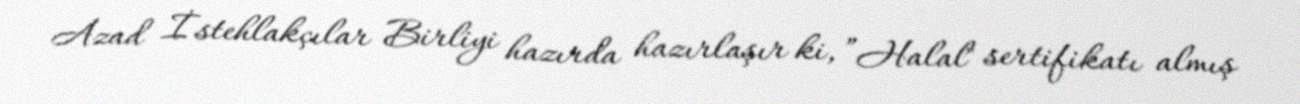
Azad İstehlakçılar Birliyi hazırda hazırlaşır ki, ”Halal" sertifikatı almış